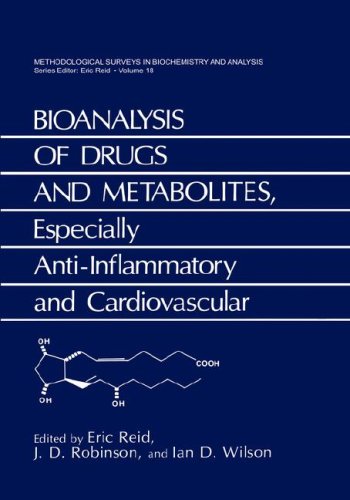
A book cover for Bioanalysis of Drugs and Metabolites, Especially Anti-Inflammatory and Cardiovascular (Methodological Surveys in Biochemistry and Analysis) (v. 18); Medical Books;